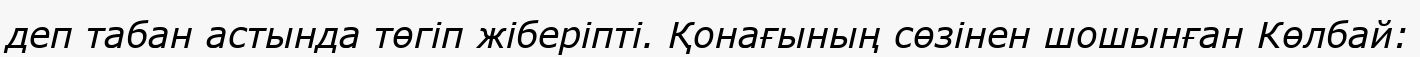
деп табан астында төгіп жіберіпті. Қонағының сөзінен шошынған Көлбай: